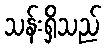
သန်းရှိသည်